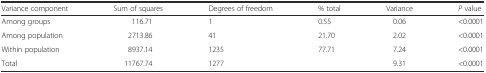
| Variance component | Sum of squares | Degrees of freedom | % total | Variance | P value |
 | --- | --- | --- | --- | --- | --- |
 | Among groups | 116.71 | 1 | 0.55 | 0.06 | <0.0001 |
 | Among population | 2713.86 | 41 | 21.70 | 2.02 | <0.0001 |
 | Within population | 8937.14 | 1235 | 77.71 | 7.24 | <0.0001 |
 | Total | 11767.74 | 1277 |  | 9.31 | <0.0001 |